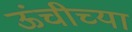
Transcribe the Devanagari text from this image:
ऊंचीच्या